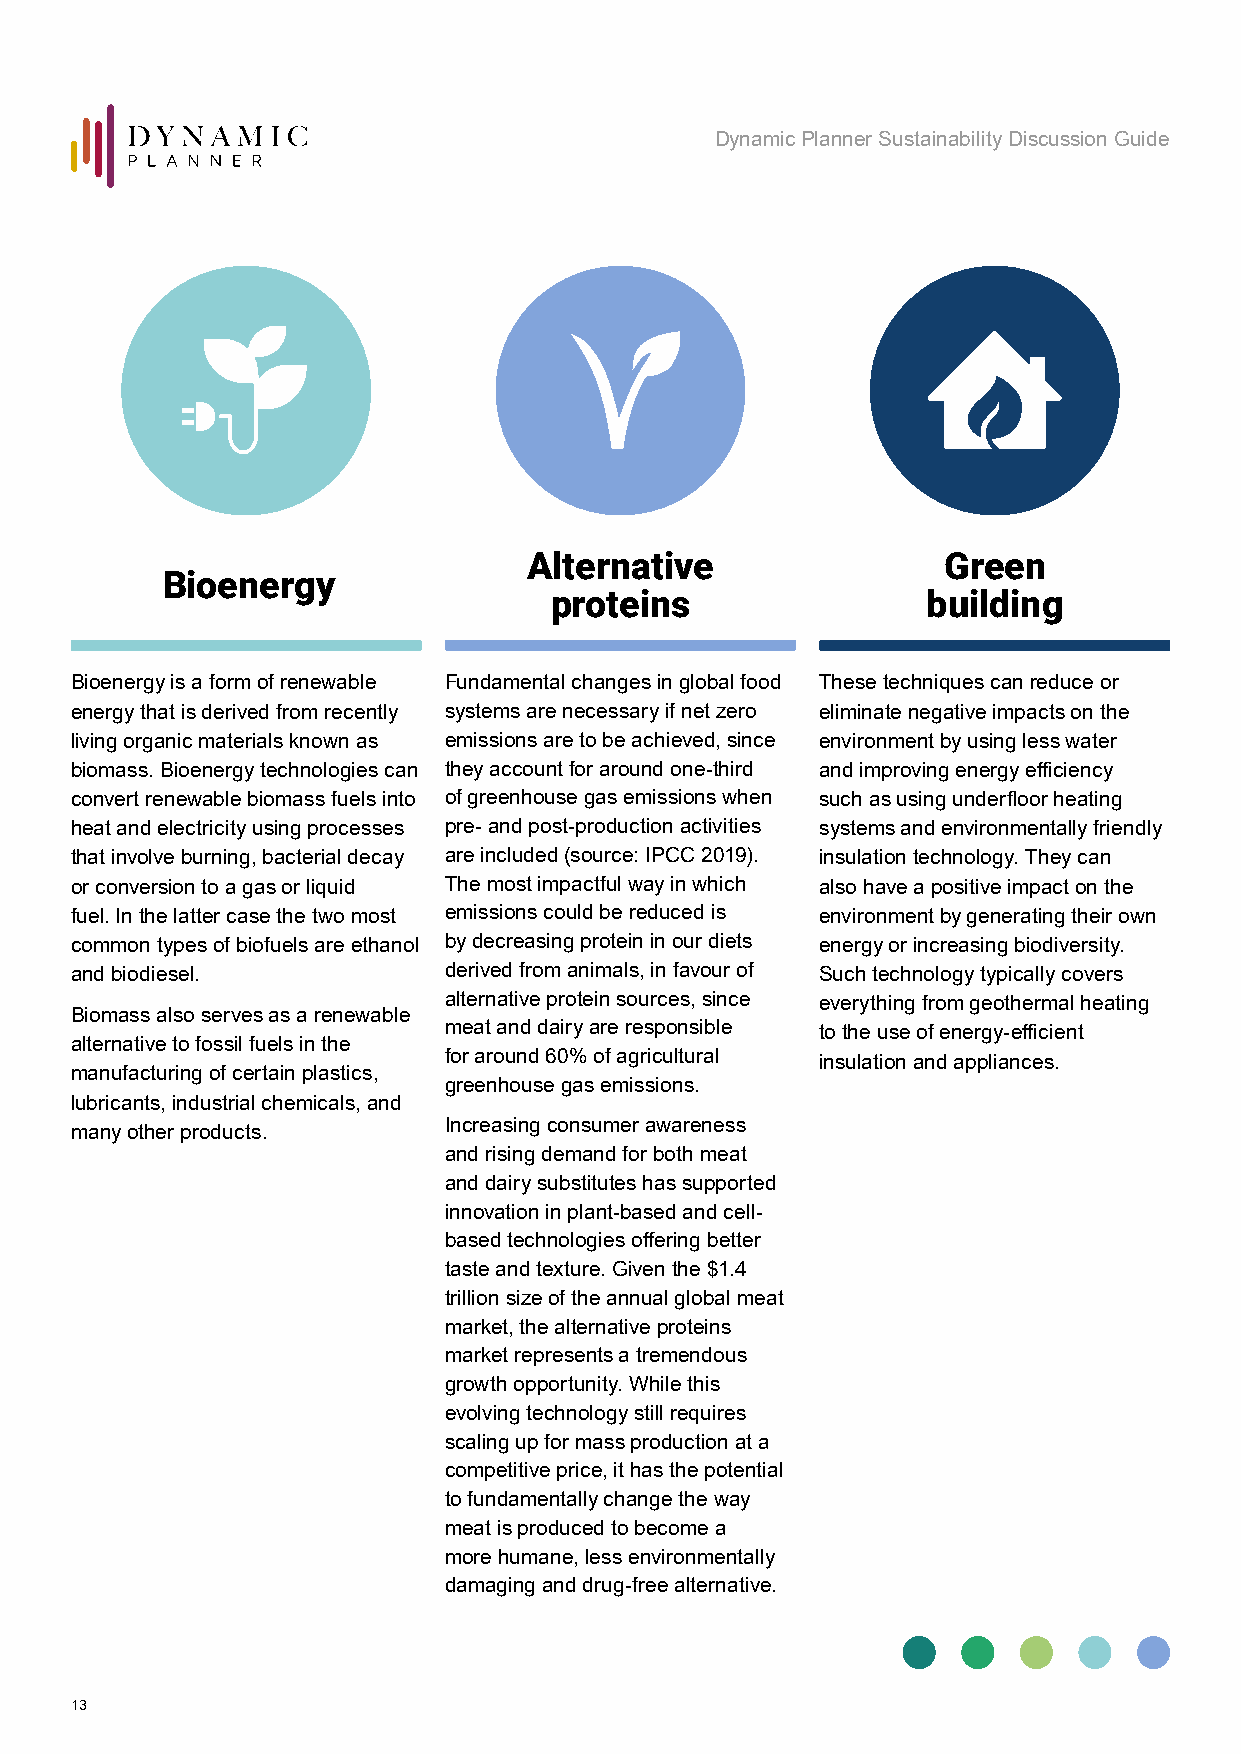
Dynamic Planner Sustainability Discussion Guide
 Alternative                Green
 Bioenergy
 proteins                 building
 Bioenergy is a form of renewable Fundamental changes in global food These techniques can reduce or
 energy that is derived from recently systems are necessary if net zero eliminate negative impacts on the
 living organic materials known as emissions are to be achieved, since environment by using less water
 biomass. Bioenergy technologies can they account for around one-third and improving energy efficiency
 convert renewable biomass fuels into of greenhouse gas emissions when such as using underfloor heating
 heat and electricity using processes pre- and post-production activities systems and environmentally friendly
 that involve burning, bacterial decay are included (source: IPCC 2019). insulation technology. They can
 or conversion to a gas or liquid The most impactful way in which also have a positive impact on the
 fuel. In the latter case the two most emissions could be reduced is environment by generating their own
 common types of biofuels are ethanol by decreasing protein in our diets energy or increasing biodiversity.
 and biodiesel.          derived from animals, in favour of Such technology typically covers
 alternative protein sources, since everything from geothermal heating
 Biomass also serves as a renewable
 meat and dairy are responsible to the use of energy-efficient
 alternative to fossil fuels in the
 for around 60% of agricultural insulation and appliances.
 manufacturing of certain plastics,
 greenhouse gas emissions.
 lubricants, industrial chemicals, and
 many other products.    Increasing consumer awareness
 and rising demand for both meat
 and dairy substitutes has supported
 innovation in plant-based and cell-
 based technologies offering better
 taste and texture. Given the $1.4
 trillion size of the annual global meat
 market, the alternative proteins
 market represents a tremendous
 growth opportunity. While this
 evolving technology still requires
 scaling up for mass production at a
 competitive price, it has the potential
 to fundamentally change the way
 meat is produced to become a
 more humane, less environmentally
 damaging and drug-free alternative.
 13